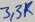
Text: 3,3K